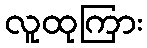
လူထုကြား